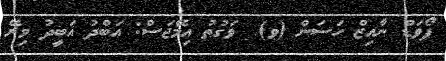
ފޯވަޑް ނާއިޒް ހަސަން (ވ)  ވަގުތު އިމޭޖަސް: އަބްދު އަބީދު މިރޭ